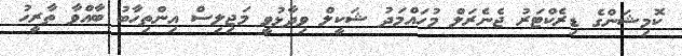
ކޮމިޝަންގެ ޑިރެކްޓަރު ޖެނެރަލް މުހައްމަދު ޝަކީލް ވިދާޅުވީ މަޖިލިސް އިންތިހާބު ބާއްވާ ތާރީހު